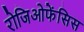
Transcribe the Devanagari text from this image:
रोजिओफेंसिस